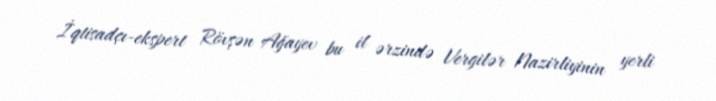
İqtisadçı-ekspert Rövşən Ağayev bu il ərzində Vergilər Nazirliyinin yerli